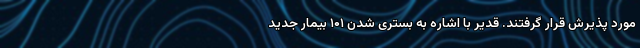
مورد پذیرش قرار گرفتند. قدیر با اشاره به بستری شدن ۱۰۱ بیمار جدید